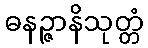
ဓနဉ္ဇာနိသုတ္တံ